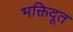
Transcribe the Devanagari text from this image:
भक्तिदूत